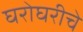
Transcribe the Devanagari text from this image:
घरोघरीचे